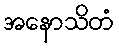
အနောသိတံ